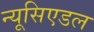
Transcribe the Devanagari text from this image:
न्यूसिएडल